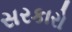
સરકારો